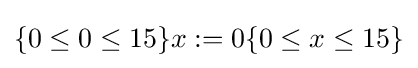
\{0\leq 0\leq 15\}x:=0\{0\leq x\leq 15\}